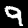
Digit: 9